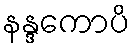
နန္ဒကောပိ